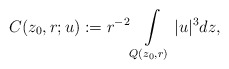
\begin{align*}C(z_{0},r;u):= r^{-2}\int\limits_{Q(z_0,r)} |u|^3 dz,\end{align*}